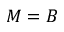
M = B